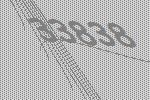
33838